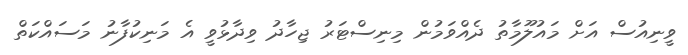
ވީނިއުސް އަށް މައުލޫމާތު ދެއްވަމުން މިނިސްޓަރު ޖިހާދު ވިދާޅުވީ އެ މަނިކުފާނު މަސައްކަތް